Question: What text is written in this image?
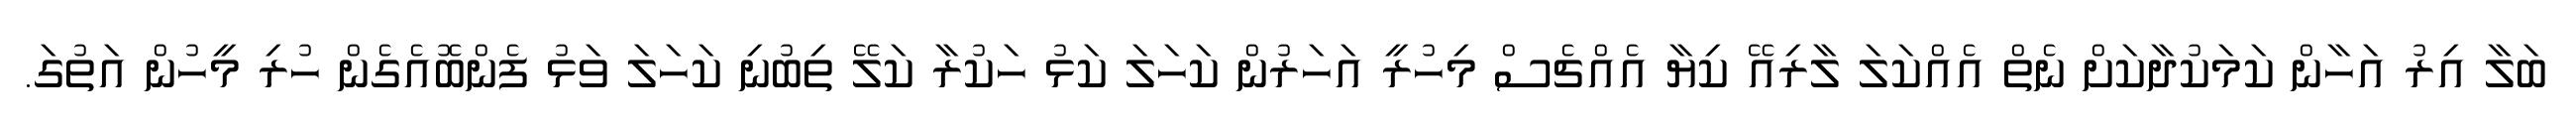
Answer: ބަލާ އިރު އަހާން ކަމަކުދާކަށް ނެތް އެއްކަލަ ލާރިއޭ ކިޔާ އެއްޗެސް މިހުރީ އަހަރުން ކަހަލަ ކަޅު ހަކުރާ ކަލޭ ތިބުނި ކަހަލަ ވަޅު ފެންބޮއެގެން ހުރި މީހުން އަތުގަ.